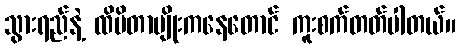
သွားရည်နဲ့ ထိမိတာမျိုးကနေတောင် ကူးစက်တတ်ပါတယ်။